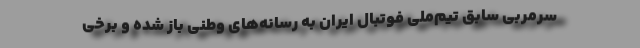
سرمربی سابق تیم‌ملی فوتبال ایران به رسانه‌های وطنی باز شده و برخی